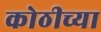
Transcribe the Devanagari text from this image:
कोठीच्या